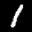
Label: 1